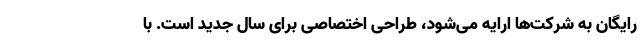
رایگان به شرکت‌ها ارایه می‌شود، طراحی اختصاصی برای سال جدید است. با